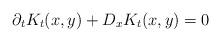
LaTeX: \begin{align*} \partial_t K_t(x, y) + D_xK_t(x, y) = 0\end{align*}